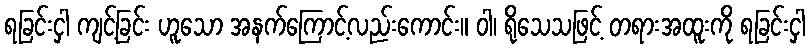
ရခြင်းငှါ ကျင့်ခြင်း ဟူသော အနက်ကြောင့်လည်းကောင်း။ ဝါ၊ ရိုသေသဖြင့် တရားအထူးကို ရခြင်းငှါ